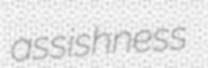
assishness